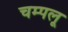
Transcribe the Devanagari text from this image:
चम्पलू